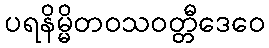
ပရနိမ္မိတဝသဝတ္တီဒေဝေ